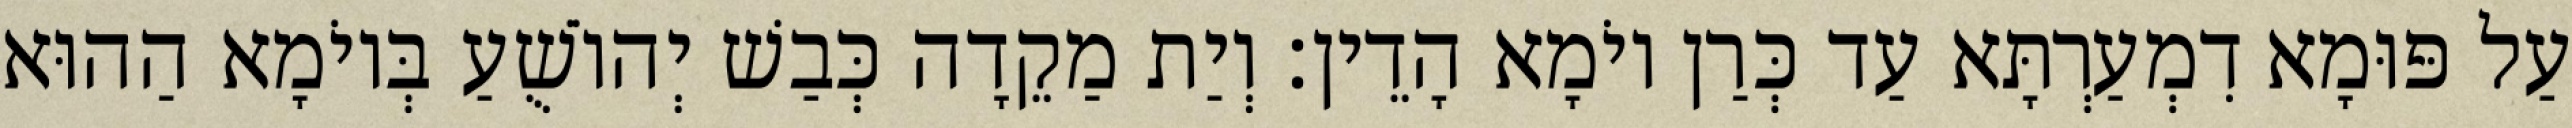
עַל פּוּמָא דִמְעַרְתָּא עַד כְּרַן יוֹמָא הָדֵין׃ וְיַת מַקֵדָה כְּבַשׁ יְהוֹשֻׁעַ בְּיוֹמָא הַהוּא